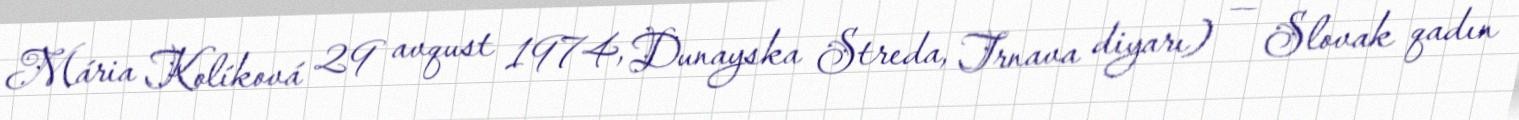
Mária Kolíková 29 avqust 1974, Dunayska Streda, Trnava diyarı) — Slovak qadın